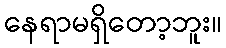
နေရာမရှိတော့ဘူး။